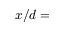
x / d =